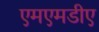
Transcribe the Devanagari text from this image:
एमएमडीए